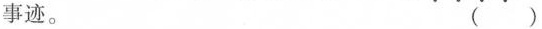
事迹。( )